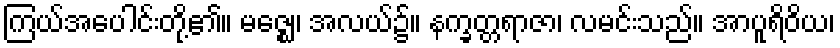
ကြယ်အပေါင်းတို့၏။ မဇ္ဈေ၊ အလယ်၌။ နက္ခတ္တရာဇာ၊ လမင်းသည်။ အာပူရိဝိယ၊